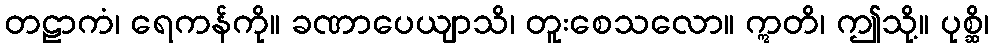
တဠာကံ၊ ရေကန်ကို။ ခဏာပေယျာသိ၊ တူးစေသလော။ ဣတိ၊ ဤသို့။ ပုစ္ဆိ၊